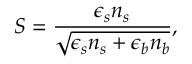
S = \frac { \epsilon _ { s } n _ { s } } { \sqrt { \epsilon _ { s } n _ { s } + \epsilon _ { b } n _ { b } } } ,